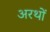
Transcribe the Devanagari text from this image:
अरथों